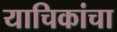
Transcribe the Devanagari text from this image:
याचिकांचा